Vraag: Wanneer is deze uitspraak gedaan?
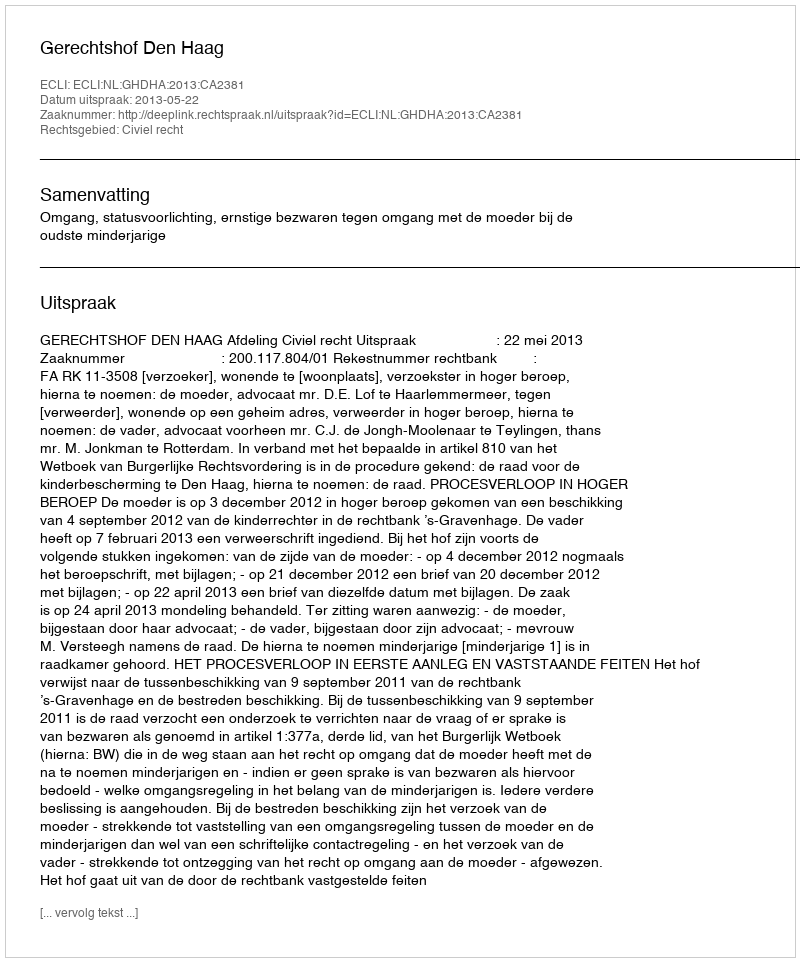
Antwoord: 2013-05-22